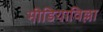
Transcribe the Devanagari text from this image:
मीडियाविल्ला